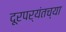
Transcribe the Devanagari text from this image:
दूरपर्यंतच्या